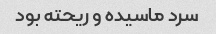
سرد ماسیده و ریحته بود